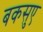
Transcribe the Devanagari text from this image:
बकसुए